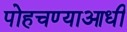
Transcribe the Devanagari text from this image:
पोहचण्याआधी